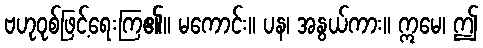
ဗဟုဝုစ်ဖြင့်ရေးကြ၏။ မကောင်း။ ပန၊ အနွယ်ကား။ ဣမေ၊ ဤ